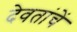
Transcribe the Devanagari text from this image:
देवतांचें